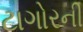
ટાગોરની